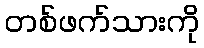
တစ်ဖက်သားကို